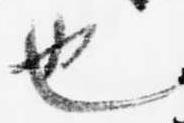
也